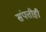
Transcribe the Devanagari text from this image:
संपत्तीही